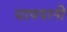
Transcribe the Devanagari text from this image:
चापपानी